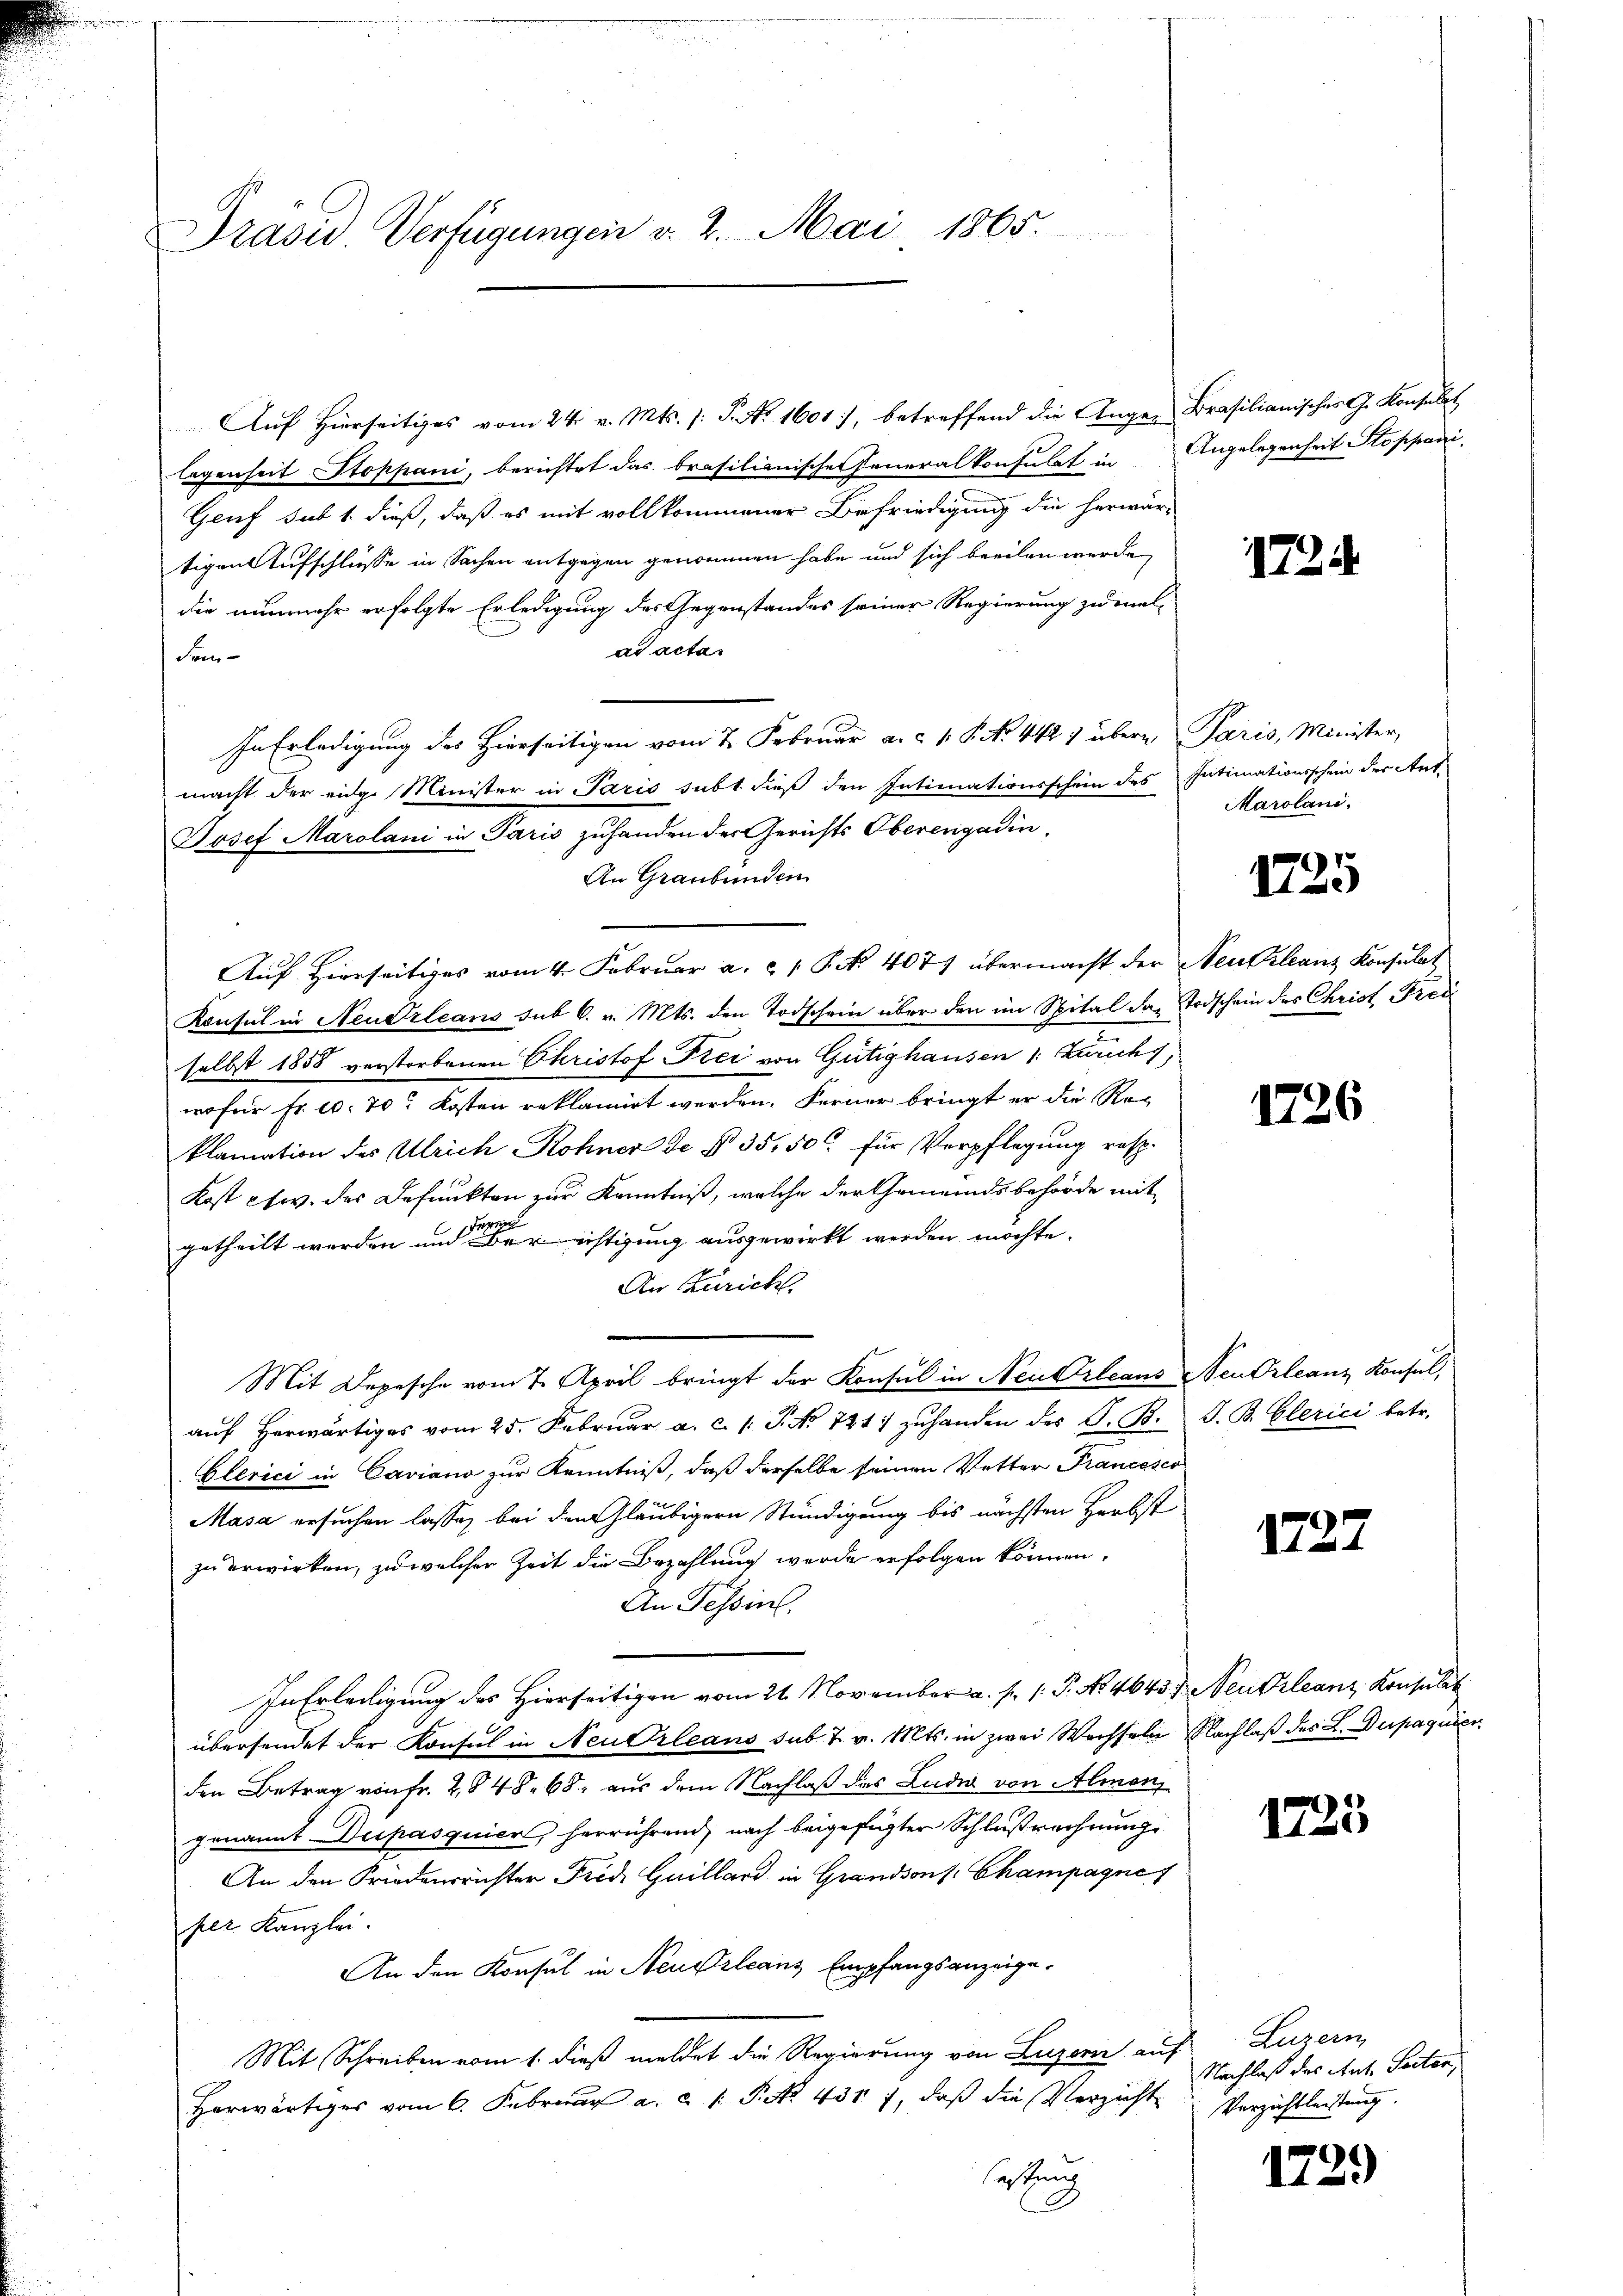
Präsid. Verfügungen v. 2. Mai 1865.

Auf hierseitiges vom 24. v. Mts. /: P. Nr. 1601, betreffend die Ange-Brasilianisches G. Konsulat
legenheit Stoppani, berichtet das brasilianische Generalkonsulat in Angelegenheit Stoppani,
Genf sub 1. dieß, daß es mit vollkommener Befriedigung die herwär-
tigen Aufschlüsse in Sachen entgegen genommen habe und sich beeilen werde,
die nunmehr erfolgte Erledigung des Gegenstandes seiner Regierung zu mel-
ad acta.
Frm
In Erledigung des Hierseitigen vom 7. Februar a. c. 1. P. No. 442 7 übern Paris, Minister,
macht der eidge Minister in Paris subt dieß den Intimationsschein des Intimationsschein der Ant.
Josef Marolani in Paris zuhanden der Gerichts Oberengadin,
An Graubünden
Auf Hierseitiges vom 4. Februar a. P. Nr. 407 übermacht der Neutrleanz Konsulat
Konsul in Neudrleans sub 6. v. Mts. den Todschein über den im Spital das Todschein des Christ Frei
selbst 1858 verstorbenen Christof Frei von Gütighausen 1: Zurichs,
wofür Fr. 10. 70. Kosten reklamirt werden. Ferner bringt er die Reklamation des Ulrich Rohner de § 35,500 für Verpflegung resp.
Kost etc. des Defunkten zur Kenntniß, welche der Gemeindsbehörde mit
getheilt werden und aber richtigung ausgewirkt werden möchte.
An Zürich
Mit Depesche vom 7. April bringt der Konsul in Neu Orleans Neu Orleanz Konsul,
auf Herwärtiges vom 25. Februar a. c. P. No 731 zuhanden des G. B.
Glerici in Caviano zur Kenntniß, daß derselbe seinen Vetter Francesco
Masa ersuchen lasse, bei den Gläubigern Stundigung bis nächsten Herbst
zu erwirken, zu welcher Zeit die Bezahlung wurde erfolgen können.
An Tessin.
In Erledigung des Hierseitigen vom 21. November a. p. /: P. No. 4643. 7. Neudrleanz, Konsulat
übersendet der Konsul in Neu Orleans sub 7 v. Mts. in zwei Wechseln Nachlaß des L. Dupaquier
den Betrag von fr. 2848. 68, aus dem Nachlaß des Luder von Almen
genannt erpasquier, herrührend, nach beigefügter Schlußrechnung
An den Friedensrichter Frede Guillard in Grandsons Champagne 1
her Kanzlei.
An den Konsul in Neustzlcans Empfangsanzeige¬
Mit Schreiben vom 1. dieß meldet die Regierung von Luzern auf
Herwärtiges vom 6. Februar a. a. 1. Fett 4317, daß die Verzicht
sastung

172

Marolani.

1725

1726

J. B. Clerici betr.

1727

1725

Luzern
Nachlaß des Ant. Seiten,
Verzichtleistung.

1729)